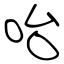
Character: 咍